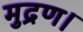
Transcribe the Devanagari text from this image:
मुद्रण।